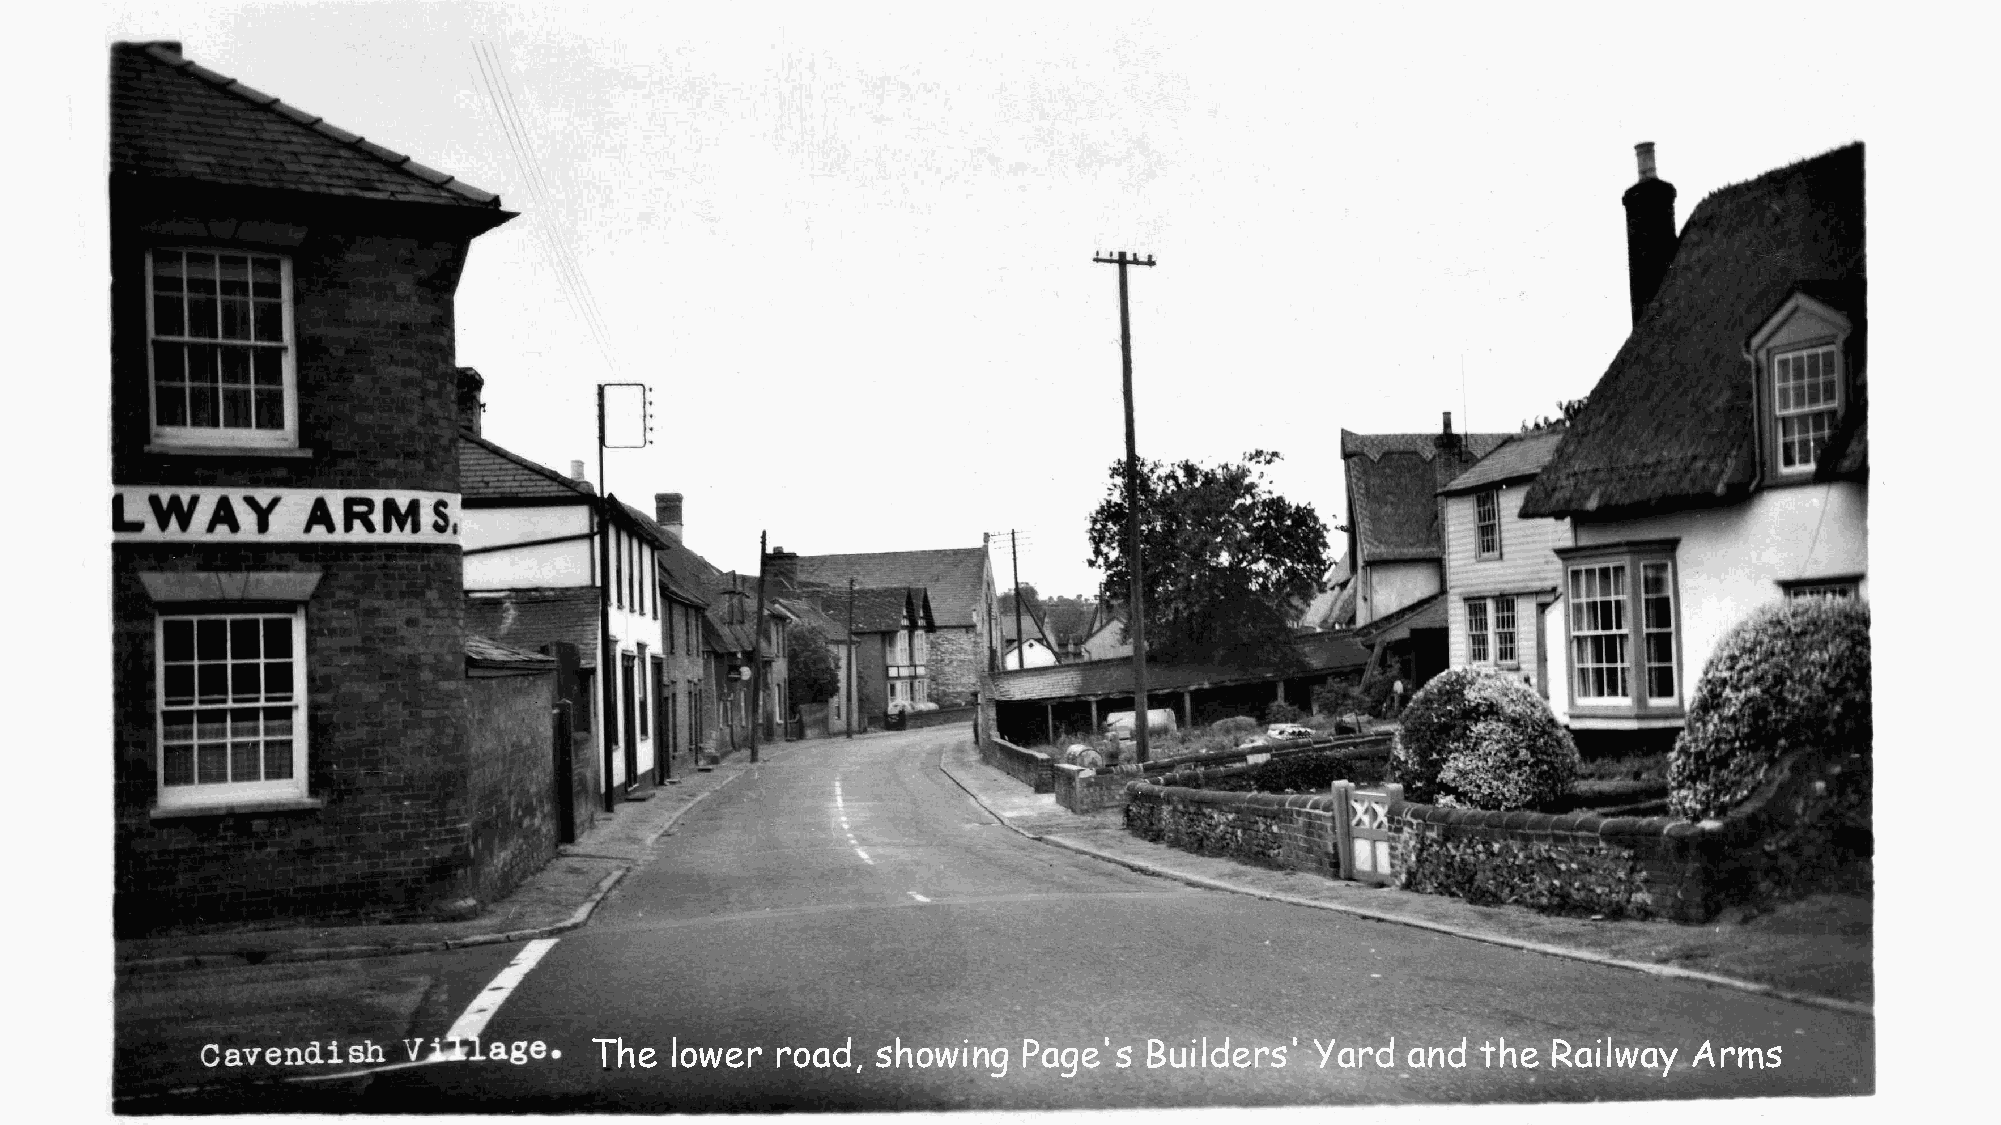
The  lower  road,  showing   Page's  Builders'  Yard  and  the  Railway  Arms